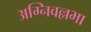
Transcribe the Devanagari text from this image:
अग्निवल्लभा